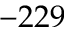
- 2 2 9